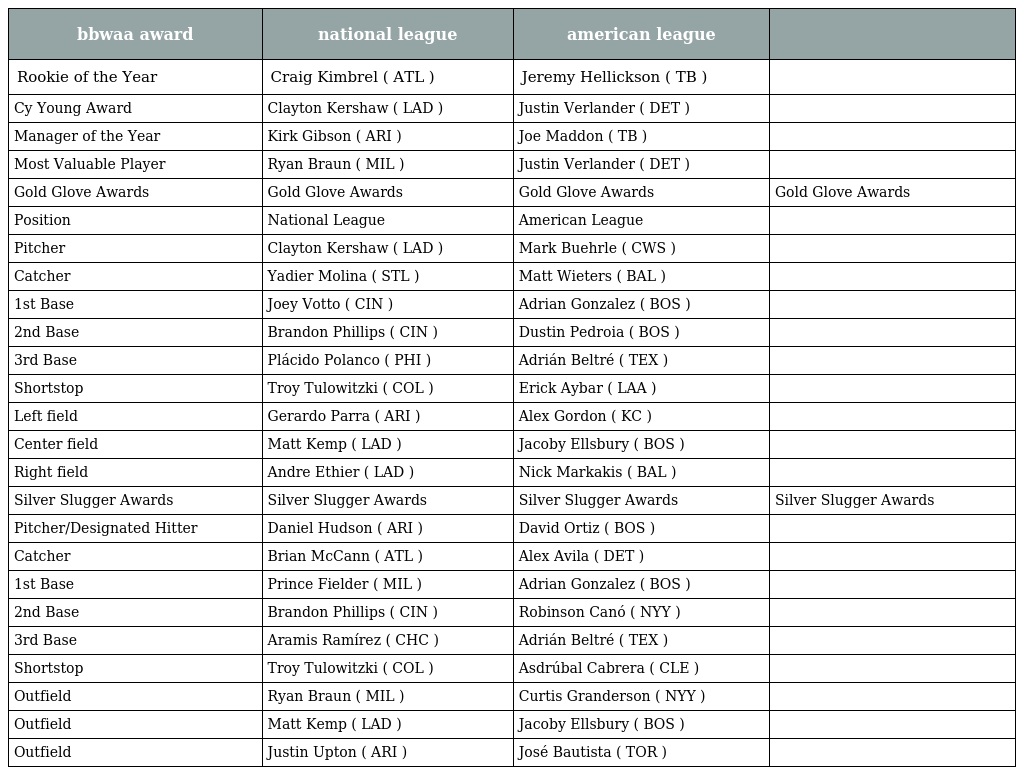
| bbwaa award | national league | american league |  |
 | --- | --- | --- | --- |
 | Rookie of the Year | Craig Kimbrel ( ATL ) | Jeremy Hellickson ( TB ) |  |
 | Cy Young Award | Clayton Kershaw ( LAD ) | Justin Verlander ( DET ) |  |
 | Manager of the Year | Kirk Gibson ( ARI ) | Joe Maddon ( TB ) |  |
 | Most Valuable Player | Ryan Braun ( MIL ) | Justin Verlander ( DET ) |  |
 | Gold Glove Awards | Gold Glove Awards | Gold Glove Awards | Gold Glove Awards |
 | Position | National League | American League |  |
 | Pitcher | Clayton Kershaw ( LAD ) | Mark Buehrle ( CWS ) |  |
 | Catcher | Yadier Molina ( STL ) | Matt Wieters ( BAL ) |  |
 | 1st Base | Joey Votto ( CIN ) | Adrian Gonzalez ( BOS ) |  |
 | 2nd Base | Brandon Phillips ( CIN ) | Dustin Pedroia ( BOS ) |  |
 | 3rd Base | Plácido Polanco ( PHI ) | Adrián Beltré ( TEX ) |  |
 | Shortstop | Troy Tulowitzki ( COL ) | Erick Aybar ( LAA ) |  |
 | Left field | Gerardo Parra ( ARI ) | Alex Gordon ( KC ) |  |
 | Center field | Matt Kemp ( LAD ) | Jacoby Ellsbury ( BOS ) |  |
 | Right field | Andre Ethier ( LAD ) | Nick Markakis ( BAL ) |  |
 | Silver Slugger Awards | Silver Slugger Awards | Silver Slugger Awards | Silver Slugger Awards |
 | Pitcher/Designated Hitter | Daniel Hudson ( ARI ) | David Ortiz ( BOS ) |  |
 | Catcher | Brian McCann ( ATL ) | Alex Avila ( DET ) |  |
 | 1st Base | Prince Fielder ( MIL ) | Adrian Gonzalez ( BOS ) |  |
 | 2nd Base | Brandon Phillips ( CIN ) | Robinson Canó ( NYY ) |  |
 | 3rd Base | Aramis Ramírez ( CHC ) | Adrián Beltré ( TEX ) |  |
 | Shortstop | Troy Tulowitzki ( COL ) | Asdrúbal Cabrera ( CLE ) |  |
 | Outfield | Ryan Braun ( MIL ) | Curtis Granderson ( NYY ) |  |
 | Outfield | Matt Kemp ( LAD ) | Jacoby Ellsbury ( BOS ) |  |
 | Outfield | Justin Upton ( ARI ) | José Bautista ( TOR ) |  |